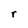
Character: r